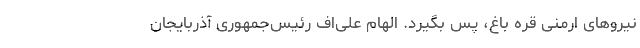
نیروهای ارمنی قره باغ، پس بگیرد. الهام علی‌اف رئيس‌جمهوری آذربایجان